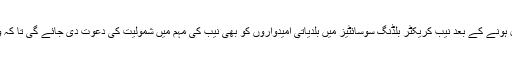
انہوں نے کہا کہ بلدیاتی انتخابات کے تمام مرحلے مکمل ہونے کے بعد نیب کریکٹر بلڈنگ سوسائٹیز میں بلدیاتی امیدواروں کو بھی نیب کی مہم میں شمولیت کی دعوت دی جائے گی تا کہ وہ عوام کی فلاح و بہبود کی بہتری کیلئے کام کریں گے۔